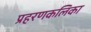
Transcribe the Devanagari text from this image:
प्रहरणकलिका